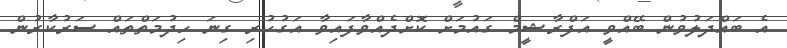
އެ ބައްދަލުވުން ބޭއްވީ އަފްރާޝީމް ގައުމަށް ކޮށްދެއްވާފައިވާ އަގުހުރި ގިނަ ހިދުމަތްތައް ސަރުކާރުން